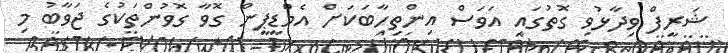
ޝަރީފް ވިދާޅުވި ގޮތުގައި އަވަސް އިންތިހާބަކަށް އެމްޑީޕީން ގޮވާ ގޮވުންތަކުގެ ޖަވާބު މި